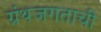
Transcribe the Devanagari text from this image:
ग्रंथजगताची